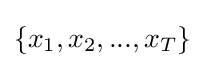
\{x_{1},x_{2},...,x_{T}\}